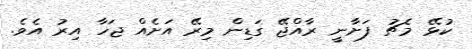
ކުޅޭ މެޗު ފަށާނީ ރާއްޖޭ ގަޑިން މިރޭ އަށެއް ޖަހާ އިރު އެވެ.